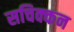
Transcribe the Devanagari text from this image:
सचिक्‍कन